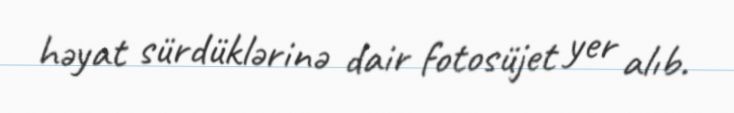
həyat sürdüklərinə dair fotosüjet yer alıb.